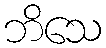
ဘိသေ